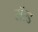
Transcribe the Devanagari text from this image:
रॉल्‍ड